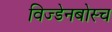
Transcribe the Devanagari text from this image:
विज्डेनबोस्च